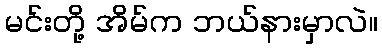
မင်းတို့ အိမ်က ဘယ်နားမှာလဲ။